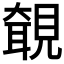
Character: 𧡵